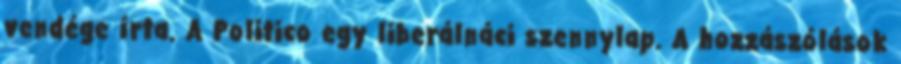
vendége írta. A Politico egy liberálnáci szennylap. A hozzászólások